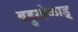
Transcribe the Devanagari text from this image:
बहुखेळाडू